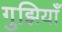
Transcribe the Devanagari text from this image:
गुझियाँ